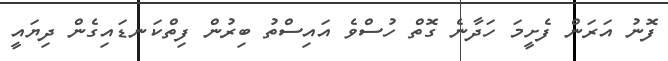
ފޮނު އަރަން ފެށީމަ ހަދާނެ ގޮތް ހުސްވެ އައިސްތު ބިރުން ފިތްކަނޑައިގެން ދިޔައީ